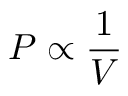
P \propto { \frac { 1 } { V } }